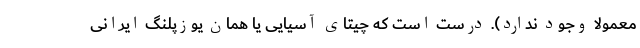
معمولا وجود ندارد). درست است که چیتای آسیایی یا همان یوزپلنگ ایرانی